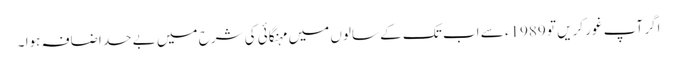
اگر آپ غور کریں تو 1989ء سے اب تک کے سالوں میں مہنگائی کی شرح میں بے حد اضافہ ہوا ۔